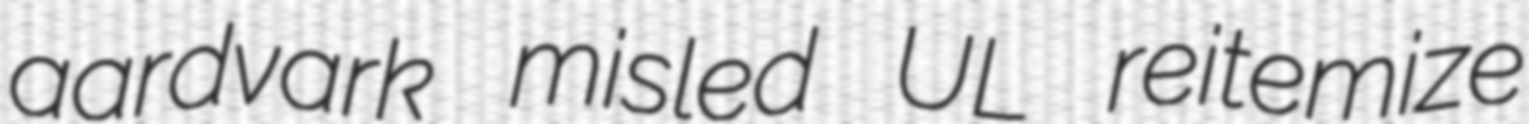
aardvark misled UL reitemize